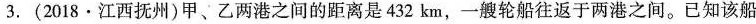
3.(2018·江西抚州)甲、乙两港之间的距离是432km，一艘轮船往返于两港之间。已知该船